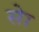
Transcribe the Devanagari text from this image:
सेा